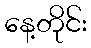
နေ့တိုင်း